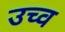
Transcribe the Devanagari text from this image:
उच्व